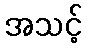
အသင့်